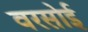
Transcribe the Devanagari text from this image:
वरसोई